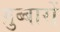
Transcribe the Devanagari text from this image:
ग़ुब्बारों